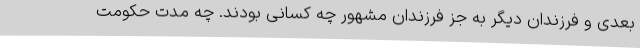
بعدی و فرزندان دیگر به جز فرزندان مشهور چه کسانی بودند. چه مدت حکومت